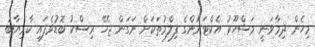
މިހެން ދިމާވަނީ މަޝްހޫރު އެކްޓަރުންގެ ފިލްމުތަކަށް ނަގަން ޖެހޭ ރިސްކު ބޮޑުވެފައި ކާމިޔާބު